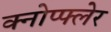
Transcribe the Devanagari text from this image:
क्नोप्फ्लेर